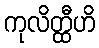
ကုလိတ္ထီဟိ